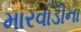
મારવાડીના